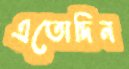
এতোদিন